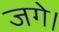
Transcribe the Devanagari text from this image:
जगे।